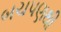
બચપણથી